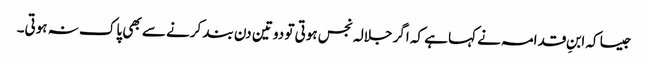
جیسا کہ ابنِ قدامہ نے کہا ہے کہ اگر جلالہ نجس ہوتی تو دو تین دن بند کرنے سے بھی پاک نہ ہوتی۔